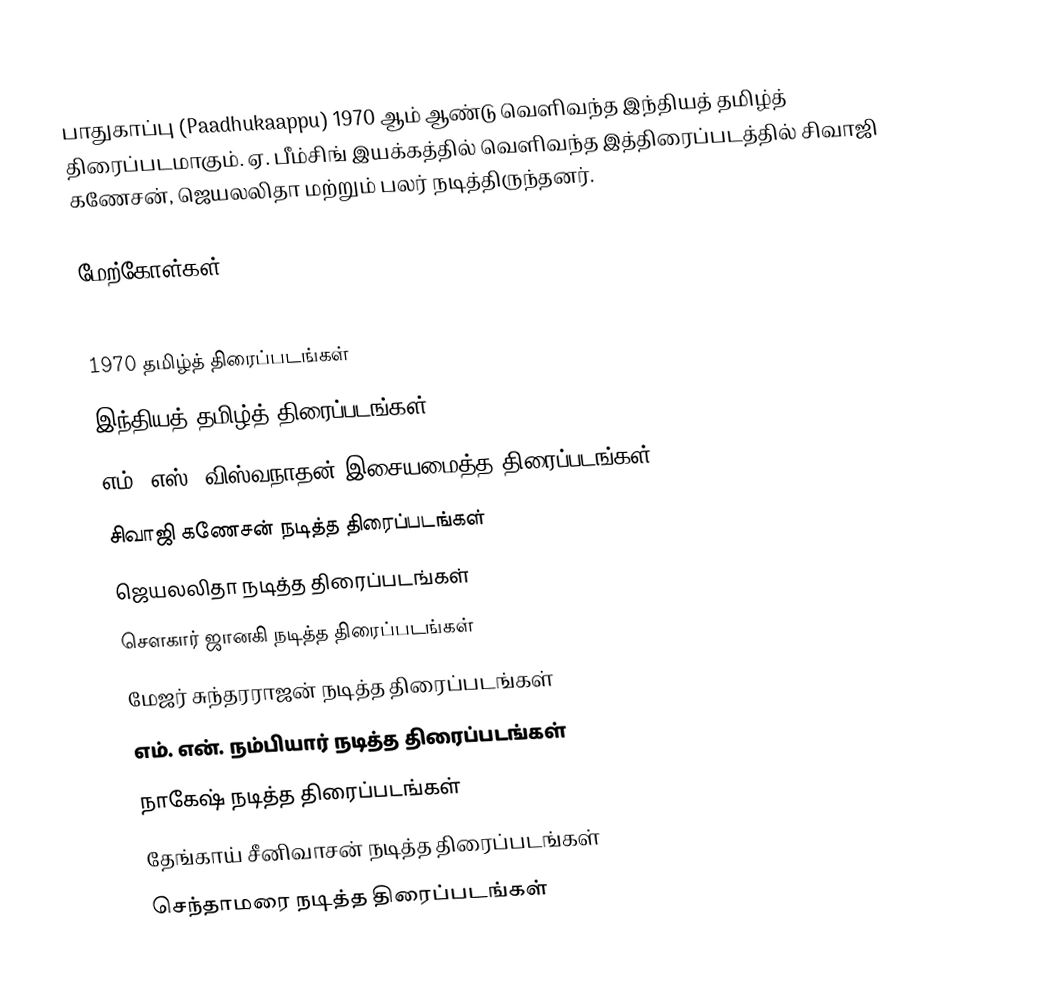
பாதுகாப்பு (Paadhukaappu) 1970 ஆம் ஆண்டு வெளிவந்த இந்தியத் தமிழ்த் திரைப்படமாகும். ஏ. பீம்சிங் இயக்கத்தில் வெளிவந்த இத்திரைப்படத்தில் சிவாஜி கணேசன், ஜெயலலிதா மற்றும் பலர் நடித்திருந்தனர்.

மேற்கோள்கள்

1970 தமிழ்த் திரைப்படங்கள்
இந்தியத் தமிழ்த் திரைப்படங்கள்
எம். எஸ். விஸ்வநாதன் இசையமைத்த திரைப்படங்கள்
சிவாஜி கணேசன் நடித்த திரைப்படங்கள்
ஜெயலலிதா நடித்த திரைப்படங்கள்
சௌகார் ஜானகி நடித்த திரைப்படங்கள்
மேஜர் சுந்தரராஜன் நடித்த திரைப்படங்கள்
எம். என். நம்பியார் நடித்த திரைப்படங்கள்
நாகேஷ் நடித்த திரைப்படங்கள்
தேங்காய் சீனிவாசன் நடித்த திரைப்படங்கள்
செந்தாமரை நடித்த திரைப்படங்கள்